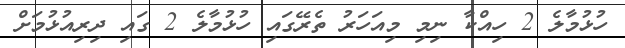
ހުޅުމާލެ 2 ހިއްކާ ނިމި މިއަހަރު ތެރޭގައި ހުޅުމާލެ 2 ގައި ދިރިއުޅުމަށް